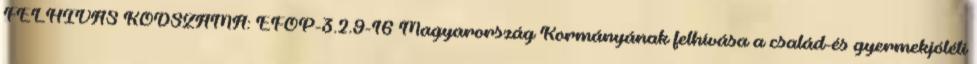
FELHÍVÁS KÓDSZÁMA: EFOP-3.2.9-16 Magyarország Kormányának felhívása a család-és gyermekjóléti